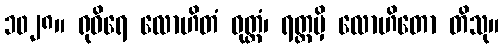
၁၀၂၈။ ရုဓိရေ လောဟိတံ ဝုတ္တံ၊ ရတ္တမှိ လောဟိတော တိသု။